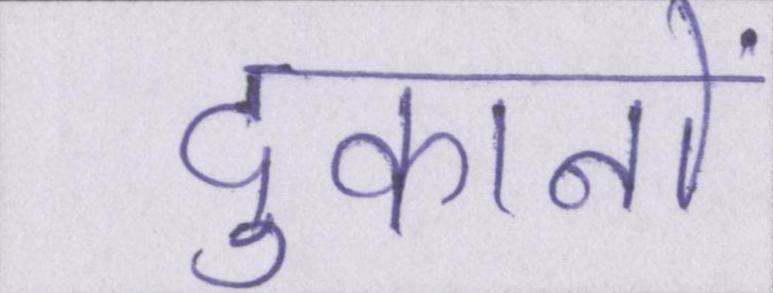
दुकानों